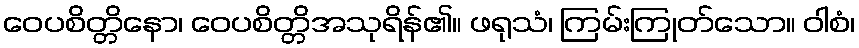
ဝေပစိတ္တိနော၊ ဝေပစိတ္တိအသုရိန်၏။ ဖရုသံ၊ ကြမ်းကြုတ်သော။ ဝါစံ၊